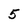
Character: 5